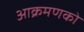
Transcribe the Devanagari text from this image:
आक्रमणको